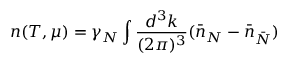
n ( T , \mu ) = \gamma _ { N } \int \frac { d ^ { 3 } k } { ( 2 \pi ) ^ { 3 } } ( \bar { n } _ { N } - \bar { n } _ { \bar { N } } )